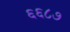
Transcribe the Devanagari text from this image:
६६८७